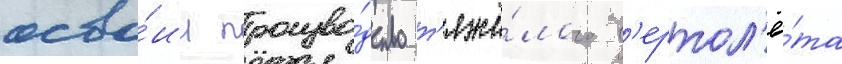
осво́ил произво́дство т'яжё́лого в'ертол'ё́та